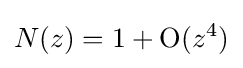
N(z)=1+\operatorname {O} (z^{4})